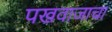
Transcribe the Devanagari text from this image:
पखवाजाचा